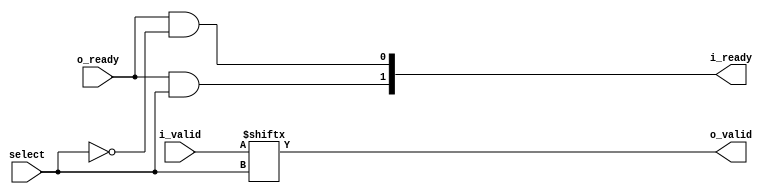
`default_nettype none

// Dataflow select for valid and ready handshake.
// This implementation was based on the following article by @ikwzm.
// https://qiita.com/ikwzm/items/e4ec2290e08326f5e06c

module dataflow_select #(parameter width = 8)(
    input wire [1:0] i_valid,
    output wire [1:0] i_ready,
    input wire select,
    output wire o_valid,
    input wire o_ready);

    assign o_valid = i_valid[select];
    assign i_ready = { o_ready && select == 1'b1, o_ready && select == 1'b0 };

endmodule